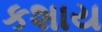
કશાય